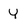
Character: Y